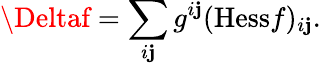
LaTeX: \Deltaf=\sum_{i\mathbf{j}}g^{i\mathbf{j}}({\mathrm{{Hess}}}f)_{i\mathbf{j}}.